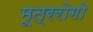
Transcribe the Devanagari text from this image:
मूत्ररोगो